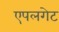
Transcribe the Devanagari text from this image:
एपलगेट